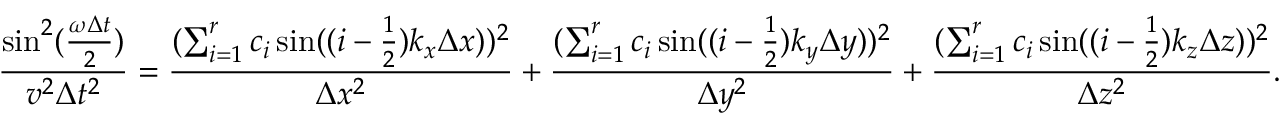
\frac { \sin ^ { 2 } ( \frac { \omega \Delta t } { 2 } ) } { v ^ { 2 } \Delta t ^ { 2 } } = \frac { ( \sum _ { i = 1 } ^ { r } c _ { i } \sin ( ( i - \frac { 1 } { 2 } ) k _ { x } \Delta x ) ) ^ { 2 } } { \Delta x ^ { 2 } } + \frac { ( \sum _ { i = 1 } ^ { r } c _ { i } \sin ( ( i - \frac { 1 } { 2 } ) k _ { y } \Delta y ) ) ^ { 2 } } { \Delta y ^ { 2 } } + \frac { ( \sum _ { i = 1 } ^ { r } c _ { i } \sin ( ( i - \frac { 1 } { 2 } ) k _ { z } \Delta z ) ) ^ { 2 } } { \Delta z ^ { 2 } } .